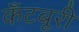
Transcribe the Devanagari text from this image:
कँटबूरी